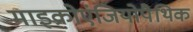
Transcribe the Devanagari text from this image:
माइक्रोएंजियोपैथिक